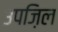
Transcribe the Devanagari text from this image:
उपज़िल